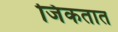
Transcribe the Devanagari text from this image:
जिंकतात